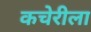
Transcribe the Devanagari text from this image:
कचेरीला